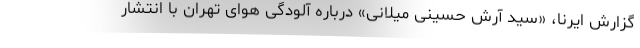
گزارش ایرنا، «سید آرش حسینی میلانی» درباره آلودگی هوای تهران با انتشار